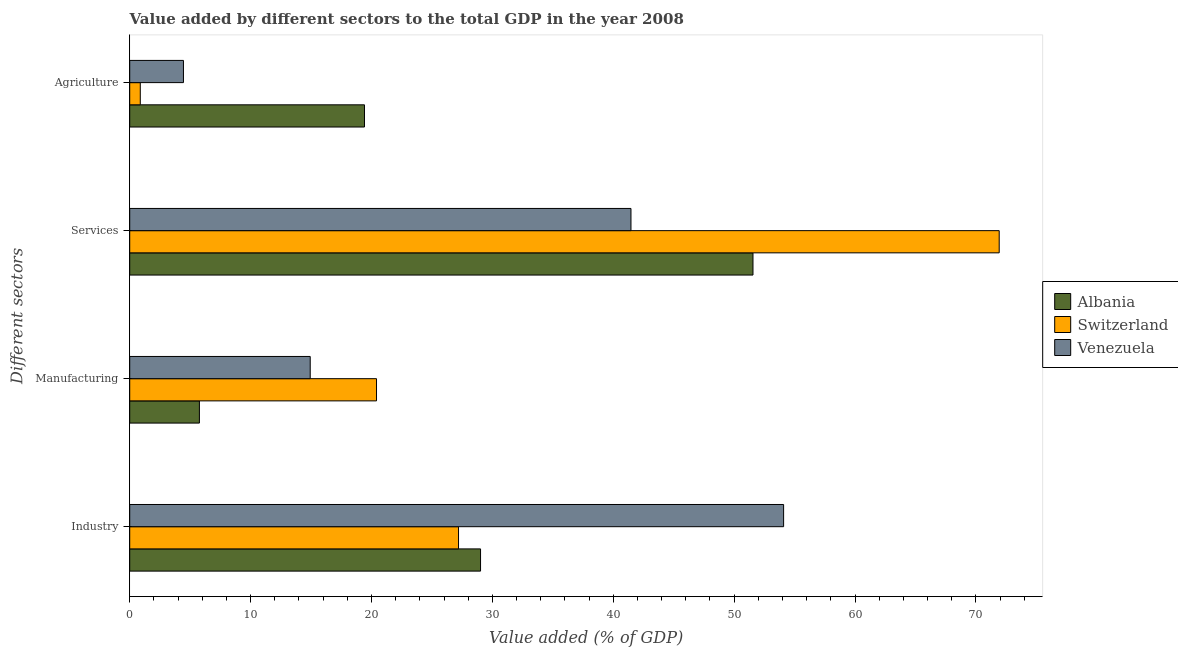
| Different sectors | Albania | Switzerland | Venezuela |
 | --- | --- | --- | --- |
 | Industry | 29 | 27.2 | 54.1 |
 | Manufacturing | 5.76 | 20.4 | 14.9 |
 | Services | 51.6 | 71.9 | 41.5 |
 | Agriculture | 19.4 | 0.873 | 4.44 |